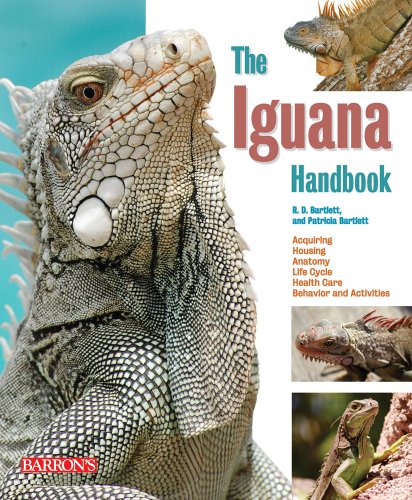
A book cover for Iguana Handbook (Barron's Pet Handbooks); R.D. Bartlett; Crafts, Hobbies & Home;